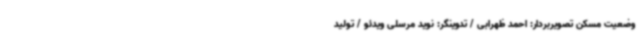
وضعیت مسکن تصویربردار: احمد ظهرابی / تدوینگر: نوید مرسلی ویدئو / تولید